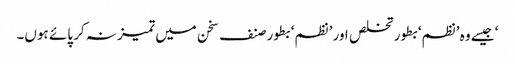
‘ جیسے وہ ’نظم‘ بطور تخلص اور ’نظم‘ بطور صنف سخن میں تمیز نہ کر پائے ہوں۔